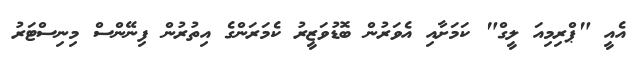
އެއީ "ޕްރިމިއަ ލީގް" ކަމަށާއި އެވަރުން ބޮޑުވަޒީރު ކެމަރަންގެ އިތުރުން ފިނޭންސް މިނިސްޓަރު